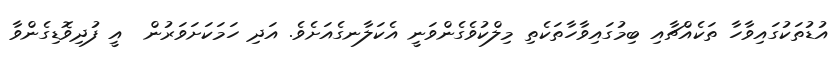
އުޑުތަކުގައިވާހާ ތަކެއްޗާއި ބިމުގައިވާހާތަކެތި މިލްކުވެގެންވަނީ އެކަލާނގެއަށެވެ. އަދި ހަމަކަށަވަރުން  އީ ފުދިވޮޑިގެންވާ